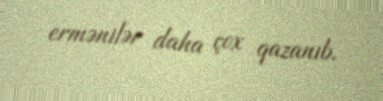
ermənilər daha çox qazanıb.